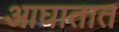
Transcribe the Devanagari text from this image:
आघातात